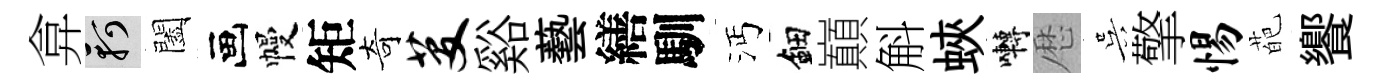
弇軻闔画幔矩奇芟谿藝繕馴沔鈿巔斛蛺囀厯吴擎惕葩饗